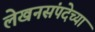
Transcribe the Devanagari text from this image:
लेखनसंपदेच्या